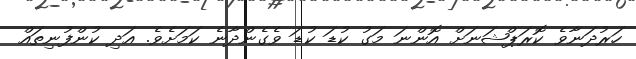
ހަރުދަނާވެ ކޮރަޕްޝަނަށް އޮންނަ މަގު ކުޑަ ކުޑަ ވެގެންދާނެ ކަމަށެވެ. އަދި ކުންފުނިތައް